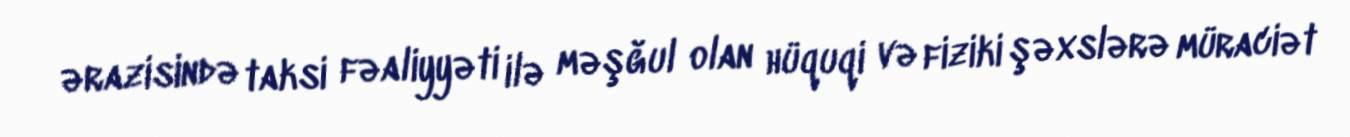
ərazisində taksi fəaliyyəti ilə məşğul olan hüquqi və fiziki şəxslərə müraciət